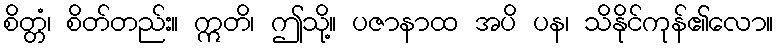
စိတ္တံ၊ စိတ်တည်း။ ဣတိ၊ ဤသို့။ ပဇာနာထ အပိ ပန၊ သိနိုင်ကုန်၏လော။